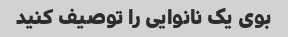
بوی یک نانوایی را توصیف کنید